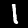
Digit: 1